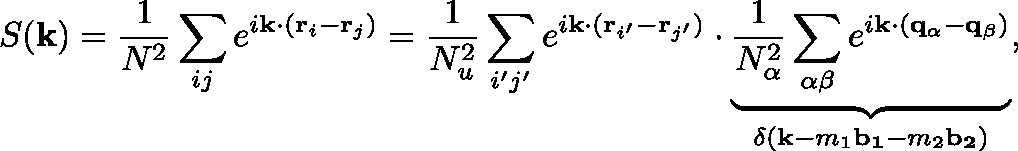
S ( \mathbf { k } ) = \frac { 1 } { N ^ { 2 } } \sum _ { i j } e ^ { i \mathbf { k } \cdot ( \mathbf { r } _ { i } - \mathbf { r } _ { j } ) } = \frac { 1 } { N _ { u } ^ { 2 } } \sum _ { i ^ { \prime } j ^ { \prime } } e ^ { i \mathbf { k } \cdot ( \mathbf { r } _ { i ^ { \prime } } - \mathbf { r } _ { j ^ { \prime } } ) } \cdot \underbrace { \frac { 1 } { N _ { \alpha } ^ { 2 } } \sum _ { \alpha \beta } e ^ { i \mathbf { k } \cdot ( \mathbf { q _ { \alpha } - q _ { \beta } } ) } } _ { \delta ( \mathbf { k } - m _ { 1 } \mathbf { b _ { 1 } } - m _ { 2 } \mathbf { b _ { 2 } } ) } ,